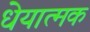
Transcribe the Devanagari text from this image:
धेयात्मक